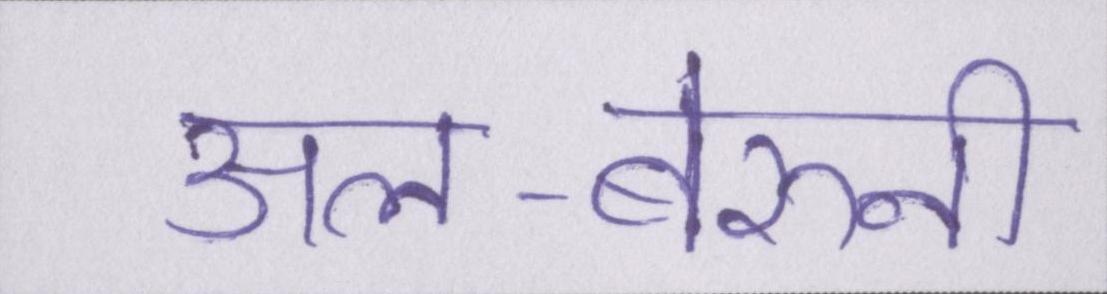
अल-बेरुनी